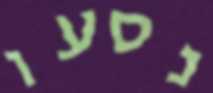
נסעו